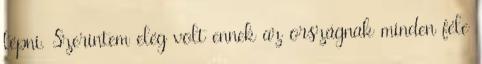
lépni. Szerintem elég volt ennek az országnak minden féle